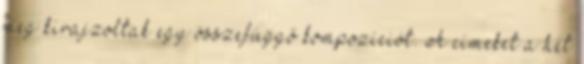
meg kirajzoltak egy összefüggő kompozíciót. A címeket a hét